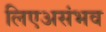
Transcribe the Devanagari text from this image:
लिएअसंभव